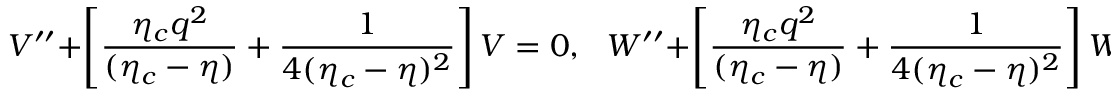
{ \cal V } ^ { \prime \prime } + \left[ \frac { \eta _ { c } q ^ { 2 } } { ( \eta _ { c } - \eta ) } + \frac { 1 } { 4 ( \eta _ { c } - \eta ) ^ { 2 } } \right] { \cal V } = 0 , ~ ~ ~ { \cal W } ^ { \prime \prime } + \left[ \frac { \eta _ { c } q ^ { 2 } } { ( \eta _ { c } - \eta ) } + \frac { 1 } { 4 ( \eta _ { c } - \eta ) ^ { 2 } } \right] { \cal W } = 0